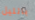
بالليل